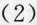
(2)